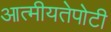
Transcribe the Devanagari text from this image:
आत्मीयतेपोटी